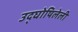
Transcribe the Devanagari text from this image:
उद्‌घोषिलेली